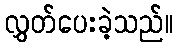
လွှတ်ပေးခဲ့သည်။